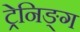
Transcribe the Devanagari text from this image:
ट्रेनिङ्ग